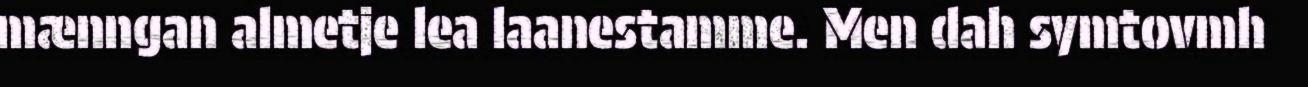
mænngan almetje lea laanestamme. Men dah symtovmh